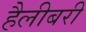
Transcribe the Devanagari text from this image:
हैलीबरी